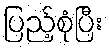
ပြည့်စုံပြီး